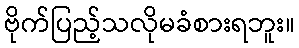
ဗိုက်ပြည့်သလိုမခံစားရဘူး။